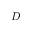
D